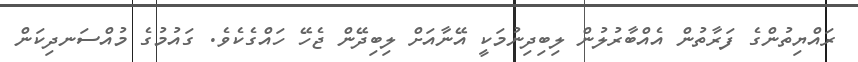
ރައްޔިތުންގެ ފަރާތުން އެއްބާރުލުން ލިބިދިނުމަކީ އޭނާއަށް ލިބިދޭން ޖެހޭ ހައްގެކެވެ. ގައުމުގެ މުއްސަނދިކަން